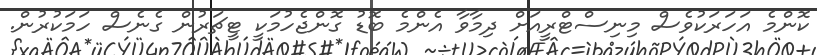
ކޮންމެ އަހަރަކުވެސް މިނިސްޓްރީއަށް ދިމާވާ އެންމެ ބޮޑު ގޮންޖެހުމަކީ ޓީޗަރުން ގެނެސް ހަމަކުރުން.